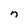
Character: n